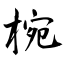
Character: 椀